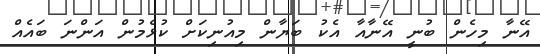
އޭނާ މިހެން ބުނީ އޭނާއާ އެކު ބަޔާން މިއުނިކަށް ކުޅެމުން އަންނަ ބައެއް